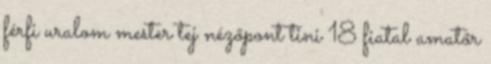
férfi uralom mester tej nézőpont tini 18 fiatal amatőr